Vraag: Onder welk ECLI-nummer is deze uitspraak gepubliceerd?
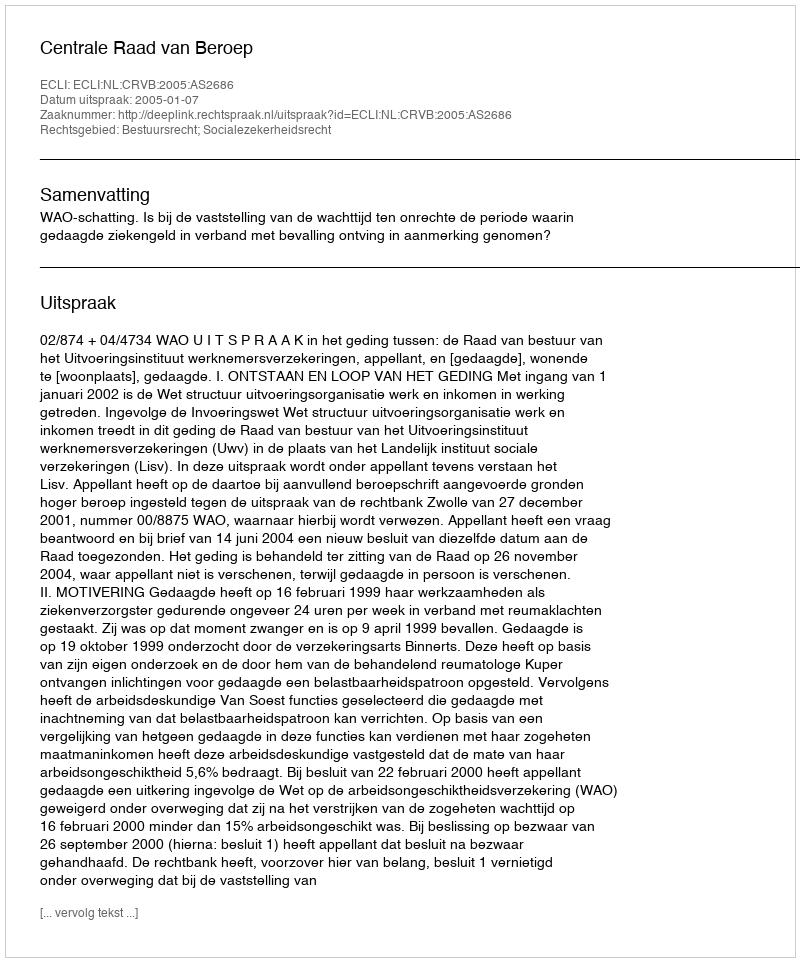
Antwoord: ECLI:NL:CRVB:2005:AS2686